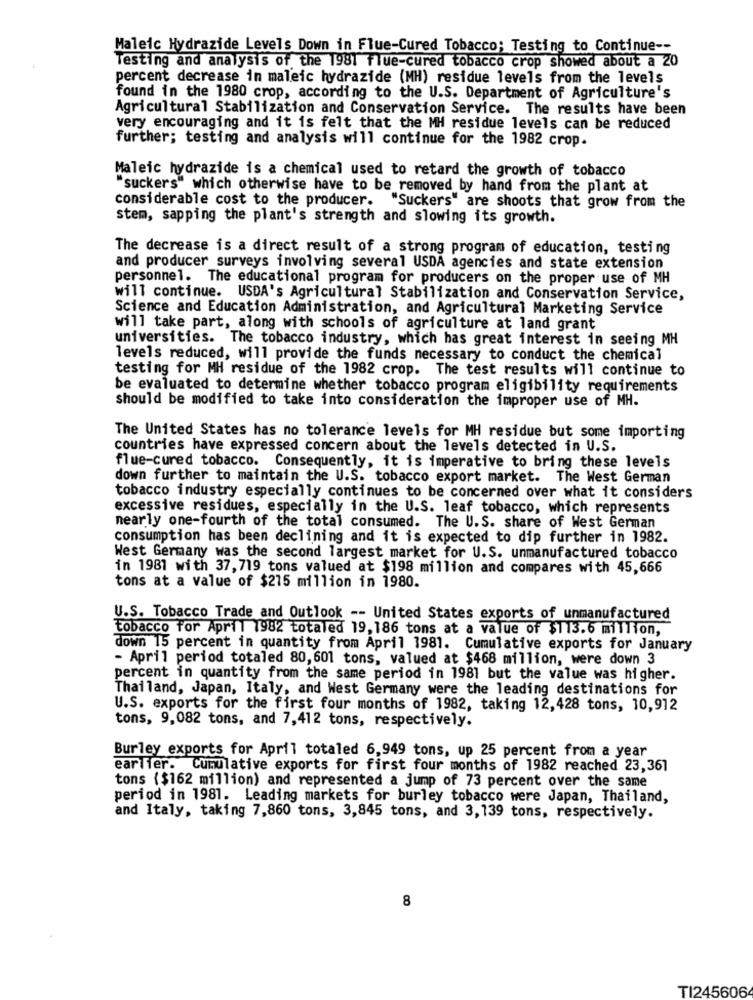
Maleic Hydrazide Levels Down in Flue-Cured Tobacco; Testing to Continue --
Testing and analysis of the 1981 flue-cured tobacco crop showed about a 20
percent decrease in maleic hydrazide (MH) residue levels from the levels
found in the 1980 crop, according to the U.S. Department of Agriculture's
Agricultural Stabilization and Conservation Service. The results have been
very encouraging and it is felt that the MH residue levels can be reduced
further; testing and analysis will continue for the 1982 crop.
Maleic hydrazide is a chemical used to retard the growth of tobacco
"suckers" which otherwise have to be removed by hand from the plant at
considerable cost to the producer. "Suckers" are shoots that grow from the
stem, sapping the plant's strength and slowing its growth.
The decrease is a direct result of a strong program of education, testing
and producer surveys involving several USDA agencies and state extension
personnel. The educational program for producers on the proper use of MH
will continue. USDA's Agricultural Stabilization and Conservation Service,
Science and Education Administration, and Agricultural Marketing Service
will take part, along with schools of agriculture at land grant
universities. The tobacco industry, which has great interest in seeing MH
levels reduced, will provide the funds necessary to conduct the chemical
testing for MH residue of the 1982 crop. The test results will continue to
be evaluated to determine whether tobacco program eligibility requirements
should be modified to take into consideration the improper use of MH.
The United States has no tolerance levels for MH residue but some importing
countries have expressed concern about the levels detected in U.S.
flue-cured tobacco. Consequently, it is imperative to bring these levels
down further to maintain the U.S. tobacco export market. The West German
tobacco industry especially continues to be concerned over what it considers
excessive residues, especially in the U.S. leaf tobacco, which represents
nearly one-fourth of the total consumed. The U.S. share of West German
consumption has been declining and it is expected to dip further in 1982.
West Germany was the second largest market for U.S. unmanufactured tobacco
in 1981 with 37, 719 tons valued at $198 million and compares with 45,666
tons at a value of $215 million in 1980.
U.S. Tobacco Trade and Outlook -- United States exports of unmanufactured
tobacco for April 1982 totaled 19,186 tons at a value of $113.6 million,
down 15 percent in quantity from April 1981. Cumulative exports for January
- April period totaled 80, 601 tons, valued at $468 million, were down 3
percent in quantity from the same period in 1981 but the value was higher.
Thailand, Japan, Italy, and West Germany were the leading destinations for
U.S. exports for the first four months of 1982, taking 12, 428 tons, 10,912
tons, 9,082 tons, and 7,412 tons, respectively.
Burley exports for April totaled 6,949 tons, up 25 percent from a year
earlier. Cumulative exports for first four months of 1982 reached 23,361
tons ($162 million) and represented a jump of 73 percent over the same
period in 1981. Leading markets for burley tobacco were Japan, Thailand,
and Italy, taking 7,860 tons, 3,845 tons, and 3,139 tons, respectively.
8
TI245606